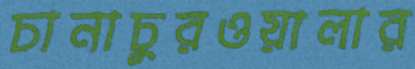
চানাচুরওয়ালার